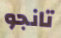
تانجو